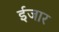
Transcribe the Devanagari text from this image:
ईजार